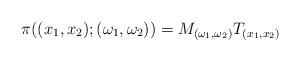
LaTeX: \begin{align*}\pi((x_1,x_2);(\omega_1,\omega_2)) = M_{(\omega_1,\omega_2)} T_{(x_1,x_2)}\end{align*}